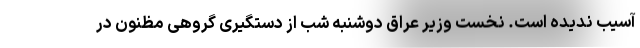
آسیب ندیده است. نخست ‌وزیر عراق دوشنبه شب از دستگیری گروهی مظنون در